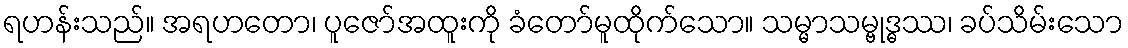
ရဟန်းသည်။ အရဟတော၊ ပူဇော်အထူးကို ခံတော်မူထိုက်သော။ သမ္မာသမ္ဗုဒ္ဓဿ၊ ခပ်သိမ်းသော